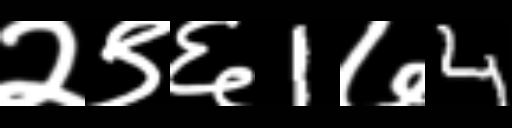
Text: २९६1७4